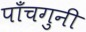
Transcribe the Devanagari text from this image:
पाँचगुनी